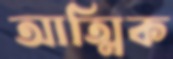
আত্মিক